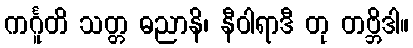
ကင်္ဂူတိ သတ္တ ဓညာနိ၊ နီဝါရာဒီ တု တဗ္ဘိဒါ။